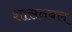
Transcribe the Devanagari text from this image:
शासनबल